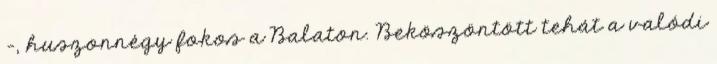
–, huszonnégy fokos a Balaton. Beköszöntött tehát a valódi